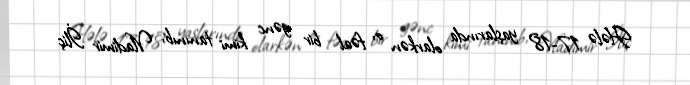
Hələ 17-18 yaşlarında olarkən o, fəal bir gənc kimi tanınıb, Vladimir İliç